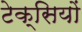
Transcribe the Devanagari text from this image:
टेक्सियों